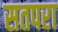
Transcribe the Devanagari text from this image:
सतपरा